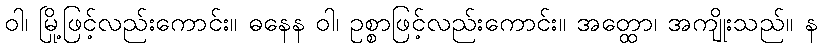
ဝါ၊ မြို့ဖြင့်လည်းကောင်း။ ဓနေန ဝါ၊ ဥစ္စာဖြင့်လည်းကောင်း။ အတ္ထော၊ အကျိုးသည်။ န